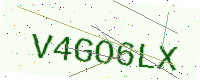
Text: V4GO6LX